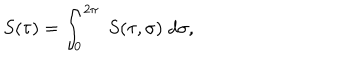
LaTeX: S ( \tau ) = \int _ { 0 } ^ { 2 \pi } \; S ( \tau , \sigma ) \; d \sigma ,